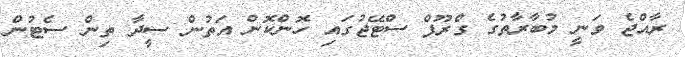
ރާއްޖެ ވަނީ މުބާރާތުގެ ގްރޫޕް ސްޓޭޖުގައި ހޮންކޮން އަތުން ސީދާ ތިން ސެޓުން